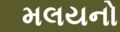
મલયનો